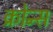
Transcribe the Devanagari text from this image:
क्रोन्स